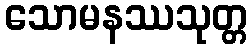
သောမနဿသုတ္တ